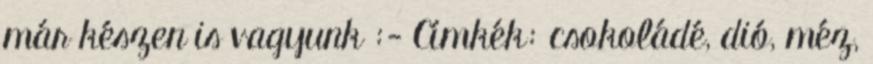
már készen is vagyunk :- Címkék: csokoládé, dió, méz,